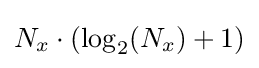
N_{x}\cdot (\log _{2}(N_{x})+1)